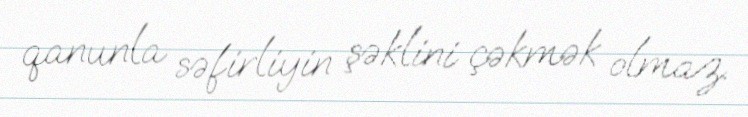
qanunla səfirliyin şəklini çəkmək olmaz.